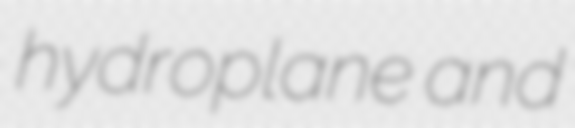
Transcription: hydroplane and